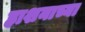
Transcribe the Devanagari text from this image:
हाशनाच्या